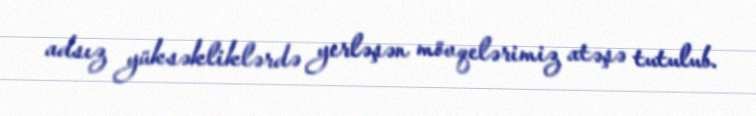
adsız yüksəkliklərdə yerləşən mövqelərimiz atəşə tutulub.